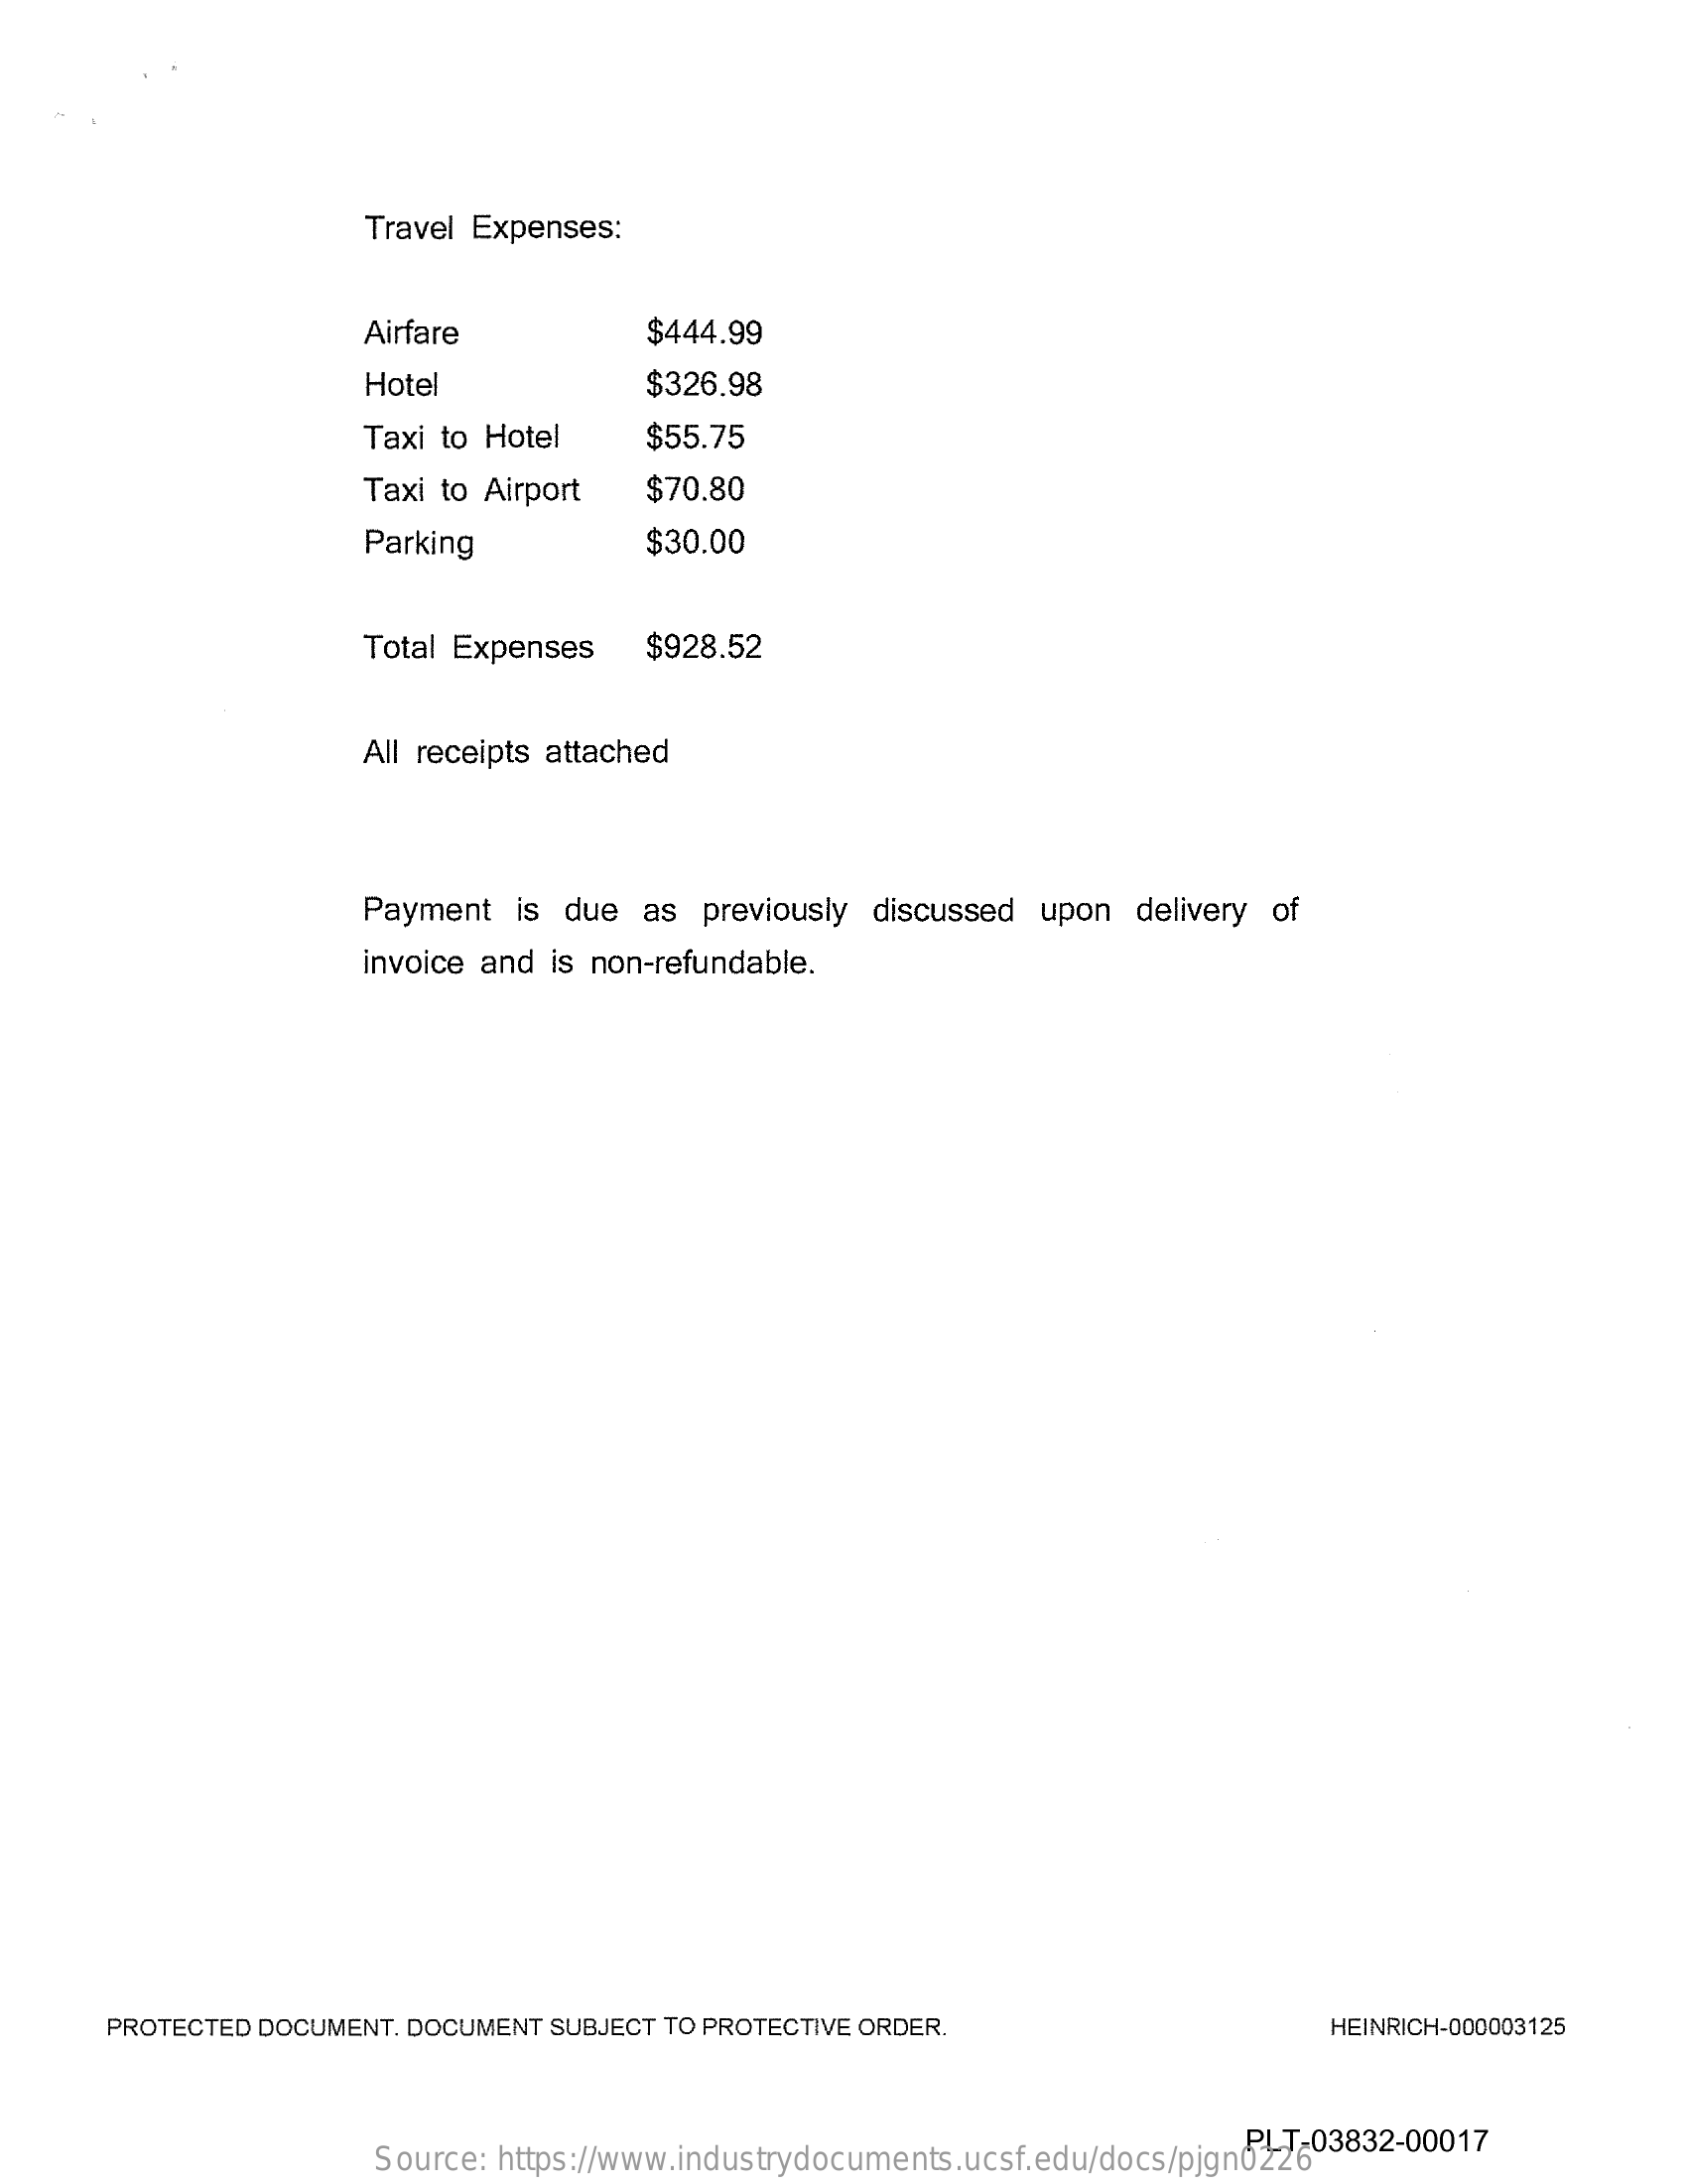
Travel Expenses:
     Airfare    $444.99
     Hotel    $326.98
     Taxi to Hotel $55.75
     Taxi to Airport $70.80
     Parking    $30.00
     Total Expenses $928.52
     All receipts attached
     Payment is due as previously discussed upon delivery of
     invoice and is non-refundable.
     PROTECTED DOCUMENT. DOCUMENT SUBJECT TO PROTECTIVE ORDER. HEINRICH-000003125
     Source: https://www.industrydocuments.ucsf.edu/docs/pjgn0226
     PLT-03832-00017